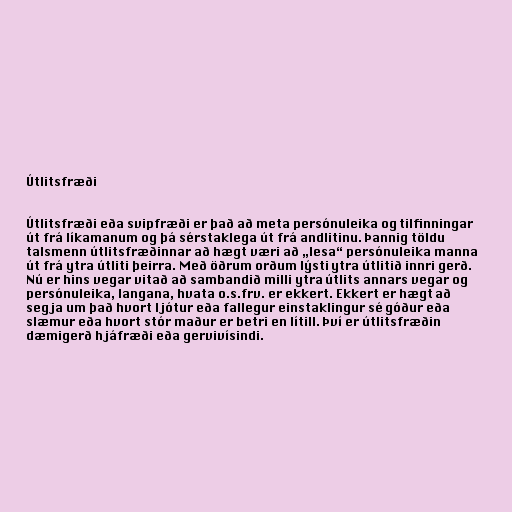
Útlitsfræði

Útlitsfræði eða svipfræði er það að meta persónuleika og tilfinningar
út frá líkamanum og þá sérstaklega út frá andlitinu. Þannig töldu
talsmenn útlitsfræðinnar að hægt væri að „lesa“ persónuleika manna
út frá ytra útliti þeirra. Með öðrum orðum lýsti ytra útlitið innri gerð.
Nú er hins vegar vitað að sambandið milli ytra útlits annars vegar og
persónuleika, langana, hvata o.s.frv. er ekkert. Ekkert er hægt að
segja um það hvort ljótur eða fallegur einstaklingur sé góður eða
slæmur eða hvort stór maður er betri en lítill. Því er útlitsfræðin
dæmigerð hjáfræði eða gervivísindi.